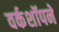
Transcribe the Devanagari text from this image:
वर्कशॉपने